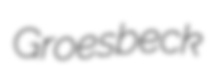
Groesbeck